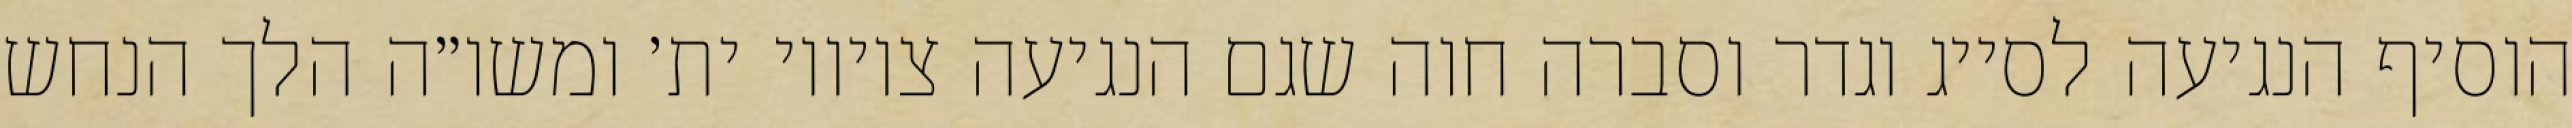
הוסיף הנגיעה לסייג וגדר וסברה חוה שגם הנגיעה ציוויו ית׳ ומשו״ה הלך הנחש